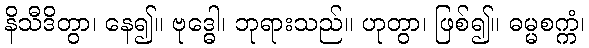
နိသီဒိတွာ၊ နေ၍။ ဗုဒ္ဓေါ၊ ဘုရားသည်။ ဟုတွာ၊ ဖြစ်၍။ ဓမ္မစက္ကံ၊